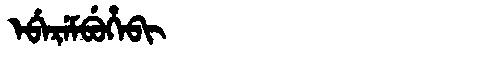
Manchu: ᡝᠪᡝᡵᡝᠮᠪᡠᡥᡝᠪᡳ
Romanization: EBEREMBUHEBI